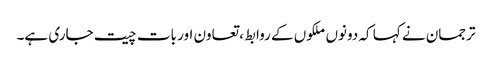
ترجمان نے کہا کہ دونوں ملکوں کے روابط، تعاون اور بات چیت جاری ہے۔